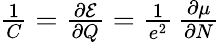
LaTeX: \begin{array}{r}{\frac{1}{C}=\frac{\partial\mathcal{E}}{\partial Q}=\frac{1}{e^{2}}\, \frac{\partial\mu}{\partial N}}\end{array}